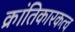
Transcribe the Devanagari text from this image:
क्रांतिकारकत्व